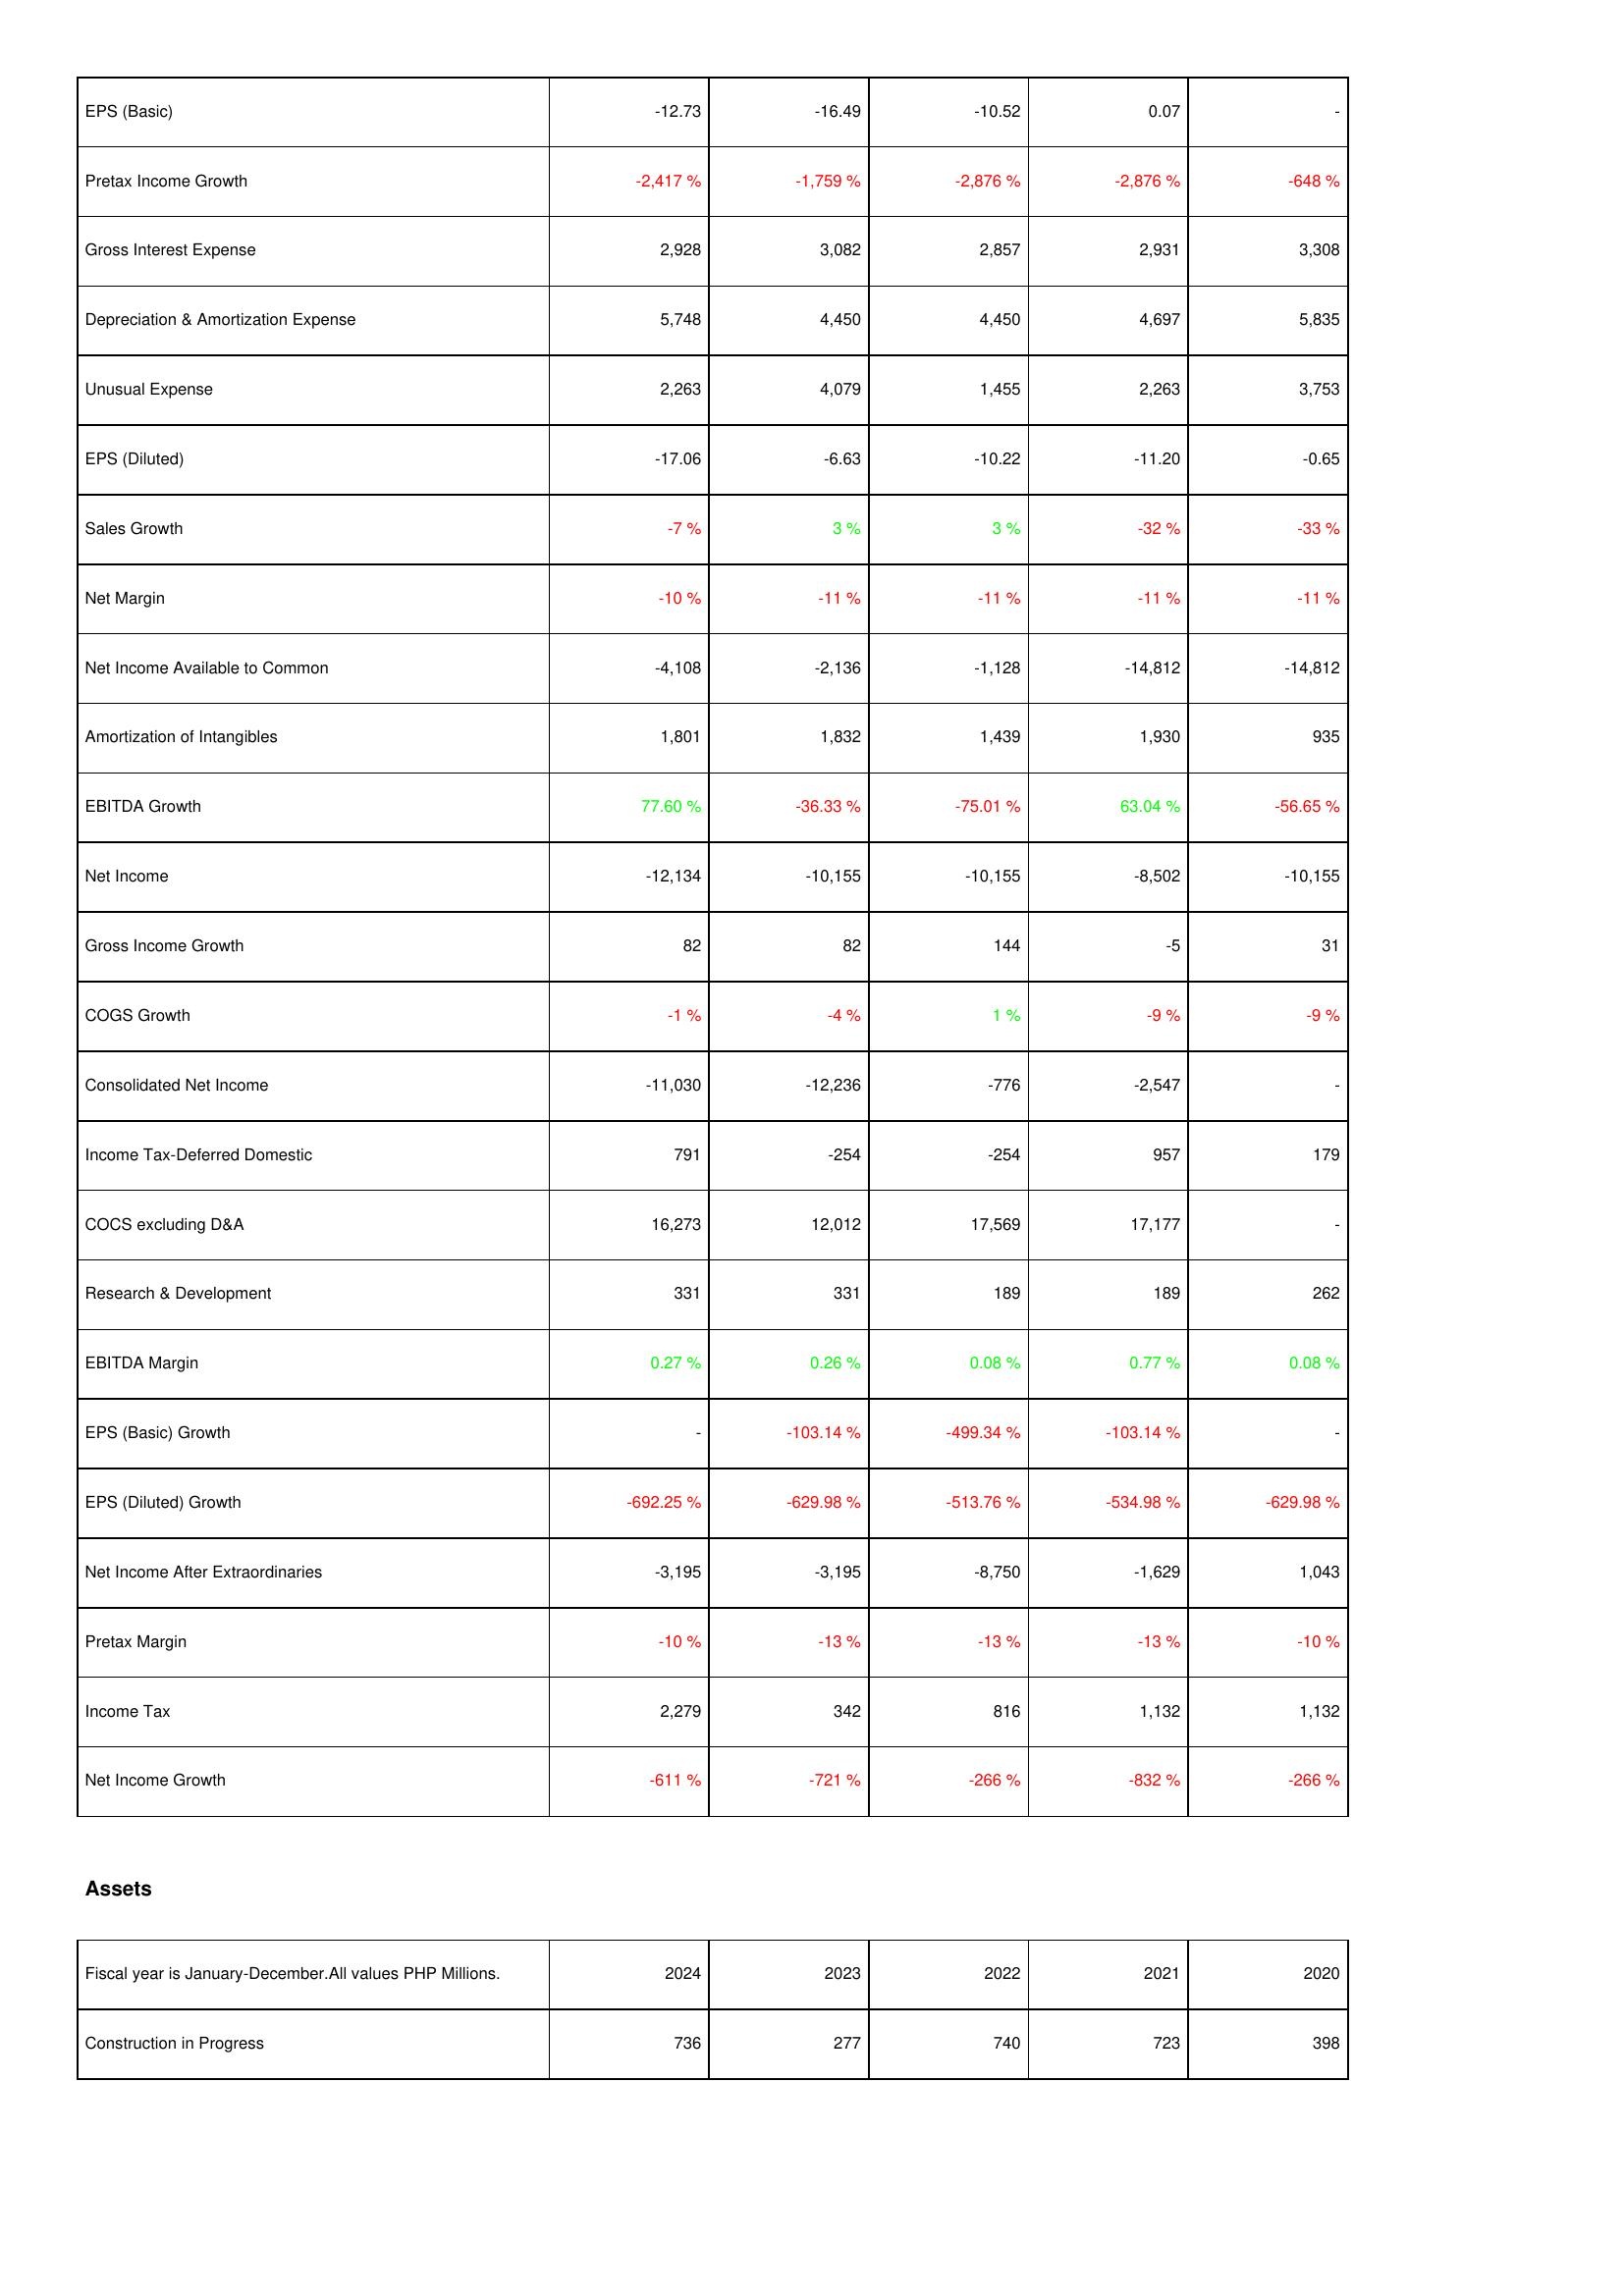
2024: Income Statement: EPS (Basic): -12.73
Pretax Income Growth: -2,417 %
Gross Interest Expense: 2,928
Depreciation & Amortization Expense: 5,748
Unusual Expense: 2,263
EPS (Diluted): -17.06
Sales Growth: -7 %
Net Margin: -10 %
Net Income Available to Common: -4,108
Amortization of Intangibles: 1,801
EBITDA Growth: 77.60 %
Net Income: -12,134
Gross Income Growth: 82
COGS Growth: -1 %
Consolidated Net Income: -11,030
Income Tax-Deferred Domestic: 791
COCS excluding D&A: 16,273
Research & Development: 331
EBITDA Margin: 0.27 %
EPS (Basic) Growth: -
EPS (Diluted) Growth: -692.25 %
Net Income After Extraordinaries: -3,195
Pretax Margin: -10 %
Income Tax: 2,279
Net Income Growth: -611 %
Assets: Construction in Progress: 736
2023: Income Statement: EPS (Basic): -16.49
Pretax Income Growth: -1,759 %
Gross Interest Expense: 3,082
Depreciation & Amortization Expense: 4,450
Unusual Expense: 4,079
EPS (Diluted): -6.63
Sales Growth: 3 %
Net Margin: -11 %
Net Income Available to Common: -2,136
Amortization of Intangibles: 1,832
EBITDA Growth: -36.33 %
Net Income: -10,155
Gross Income Growth: 82
COGS Growth: -4 %
Consolidated Net Income: -12,236
Income Tax-Deferred Domestic: -254
COCS excluding D&A: 12,012
Research & Development: 331
EBITDA Margin: 0.26 %
EPS (Basic) Growth: -103.14 %
EPS (Diluted) Growth: -629.98 %
Net Income After Extraordinaries: -3,195
Pretax Margin: -13 %
Income Tax: 342
Net Income Growth: -721 %
Assets: Construction in Progress: 277
2022: Income Statement: EPS (Basic): -10.52
Pretax Income Growth: -2,876 %
Gross Interest Expense: 2,857
Depreciation & Amortization Expense: 4,450
Unusual Expense: 1,455
EPS (Diluted): -10.22
Sales Growth: 3 %
Net Margin: -11 %
Net Income Available to Common: -1,128
Amortization of Intangibles: 1,439
EBITDA Growth: -75.01 %
Net Income: -10,155
Gross Income Growth: 144
COGS Growth: 1 %
Consolidated Net Income: -776
Income Tax-Deferred Domestic: -254
COCS excluding D&A: 17,569
Research & Development: 189
EBITDA Margin: 0.08 %
EPS (Basic) Growth: -499.34 %
EPS (Diluted) Growth: -513.76 %
Net Income After Extraordinaries: -8,750
Pretax Margin: -13 %
Income Tax: 816
Net Income Growth: -266 %
Assets: Construction in Progress: 740
2021: Income Statement: EPS (Basic): 0.07
Pretax Income Growth: -2,876 %
Gross Interest Expense: 2,931
Depreciation & Amortization Expense: 4,697
Unusual Expense: 2,263
EPS (Diluted): -11.20
Sales Growth: -32 %
Net Margin: -11 %
Net Income Available to Common: -14,812
Amortization of Intangibles: 1,930
EBITDA Growth: 63.04 %
Net Income: -8,502
Gross Income Growth: -5
COGS Growth: -9 %
Consolidated Net Income: -2,547
Income Tax-Deferred Domestic: 957
COCS excluding D&A: 17,177
Research & Development: 189
EBITDA Margin: 0.77 %
EPS (Basic) Growth: -103.14 %
EPS (Diluted) Growth: -534.98 %
Net Income After Extraordinaries: -1,629
Pretax Margin: -13 %
Income Tax: 1,132
Net Income Growth: -832 %
Assets: Construction in Progress: 723
2020: Income Statement: EPS (Basic): -
Pretax Income Growth: -648 %
Gross Interest Expense: 3,308
Depreciation & Amortization Expense: 5,835
Unusual Expense: 3,753
EPS (Diluted): -0.65
Sales Growth: -33 %
Net Margin: -11 %
Net Income Available to Common: -14,812
Amortization of Intangibles: 935
EBITDA Growth: -56.65 %
Net Income: -10,155
Gross Income Growth: 31
COGS Growth: -9 %
Consolidated Net Income: -
Income Tax-Deferred Domestic: 179
COCS excluding D&A: -
Research & Development: 262
EBITDA Margin: 0.08 %
EPS (Basic) Growth: -
EPS (Diluted) Growth: -629.98 %
Net Income After Extraordinaries: 1,043
Pretax Margin: -10 %
Income Tax: 1,132
Net Income Growth: -266 %
Assets: Construction in Progress: 398